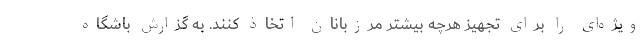
ویژه‌ای را برای تجهیز هرچه بیشتر مرزبانان اتخاذ کنند. به گزارش باشگاه